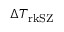
\Delta T _ { \mathrm { r k S Z } }